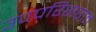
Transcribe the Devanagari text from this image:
उपपरिसरात